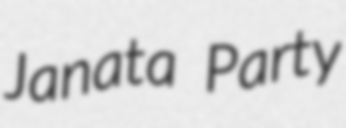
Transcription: Janata Party